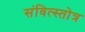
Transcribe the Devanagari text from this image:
संवित्स्तोत्र